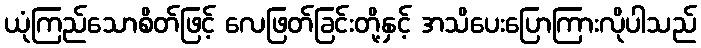
ယုံကြည်သောစိတ်ဖြင့် လေဖြတ်ခြင်းတို့နှင့် အသိပေးပြောကြားလိုပါသည်